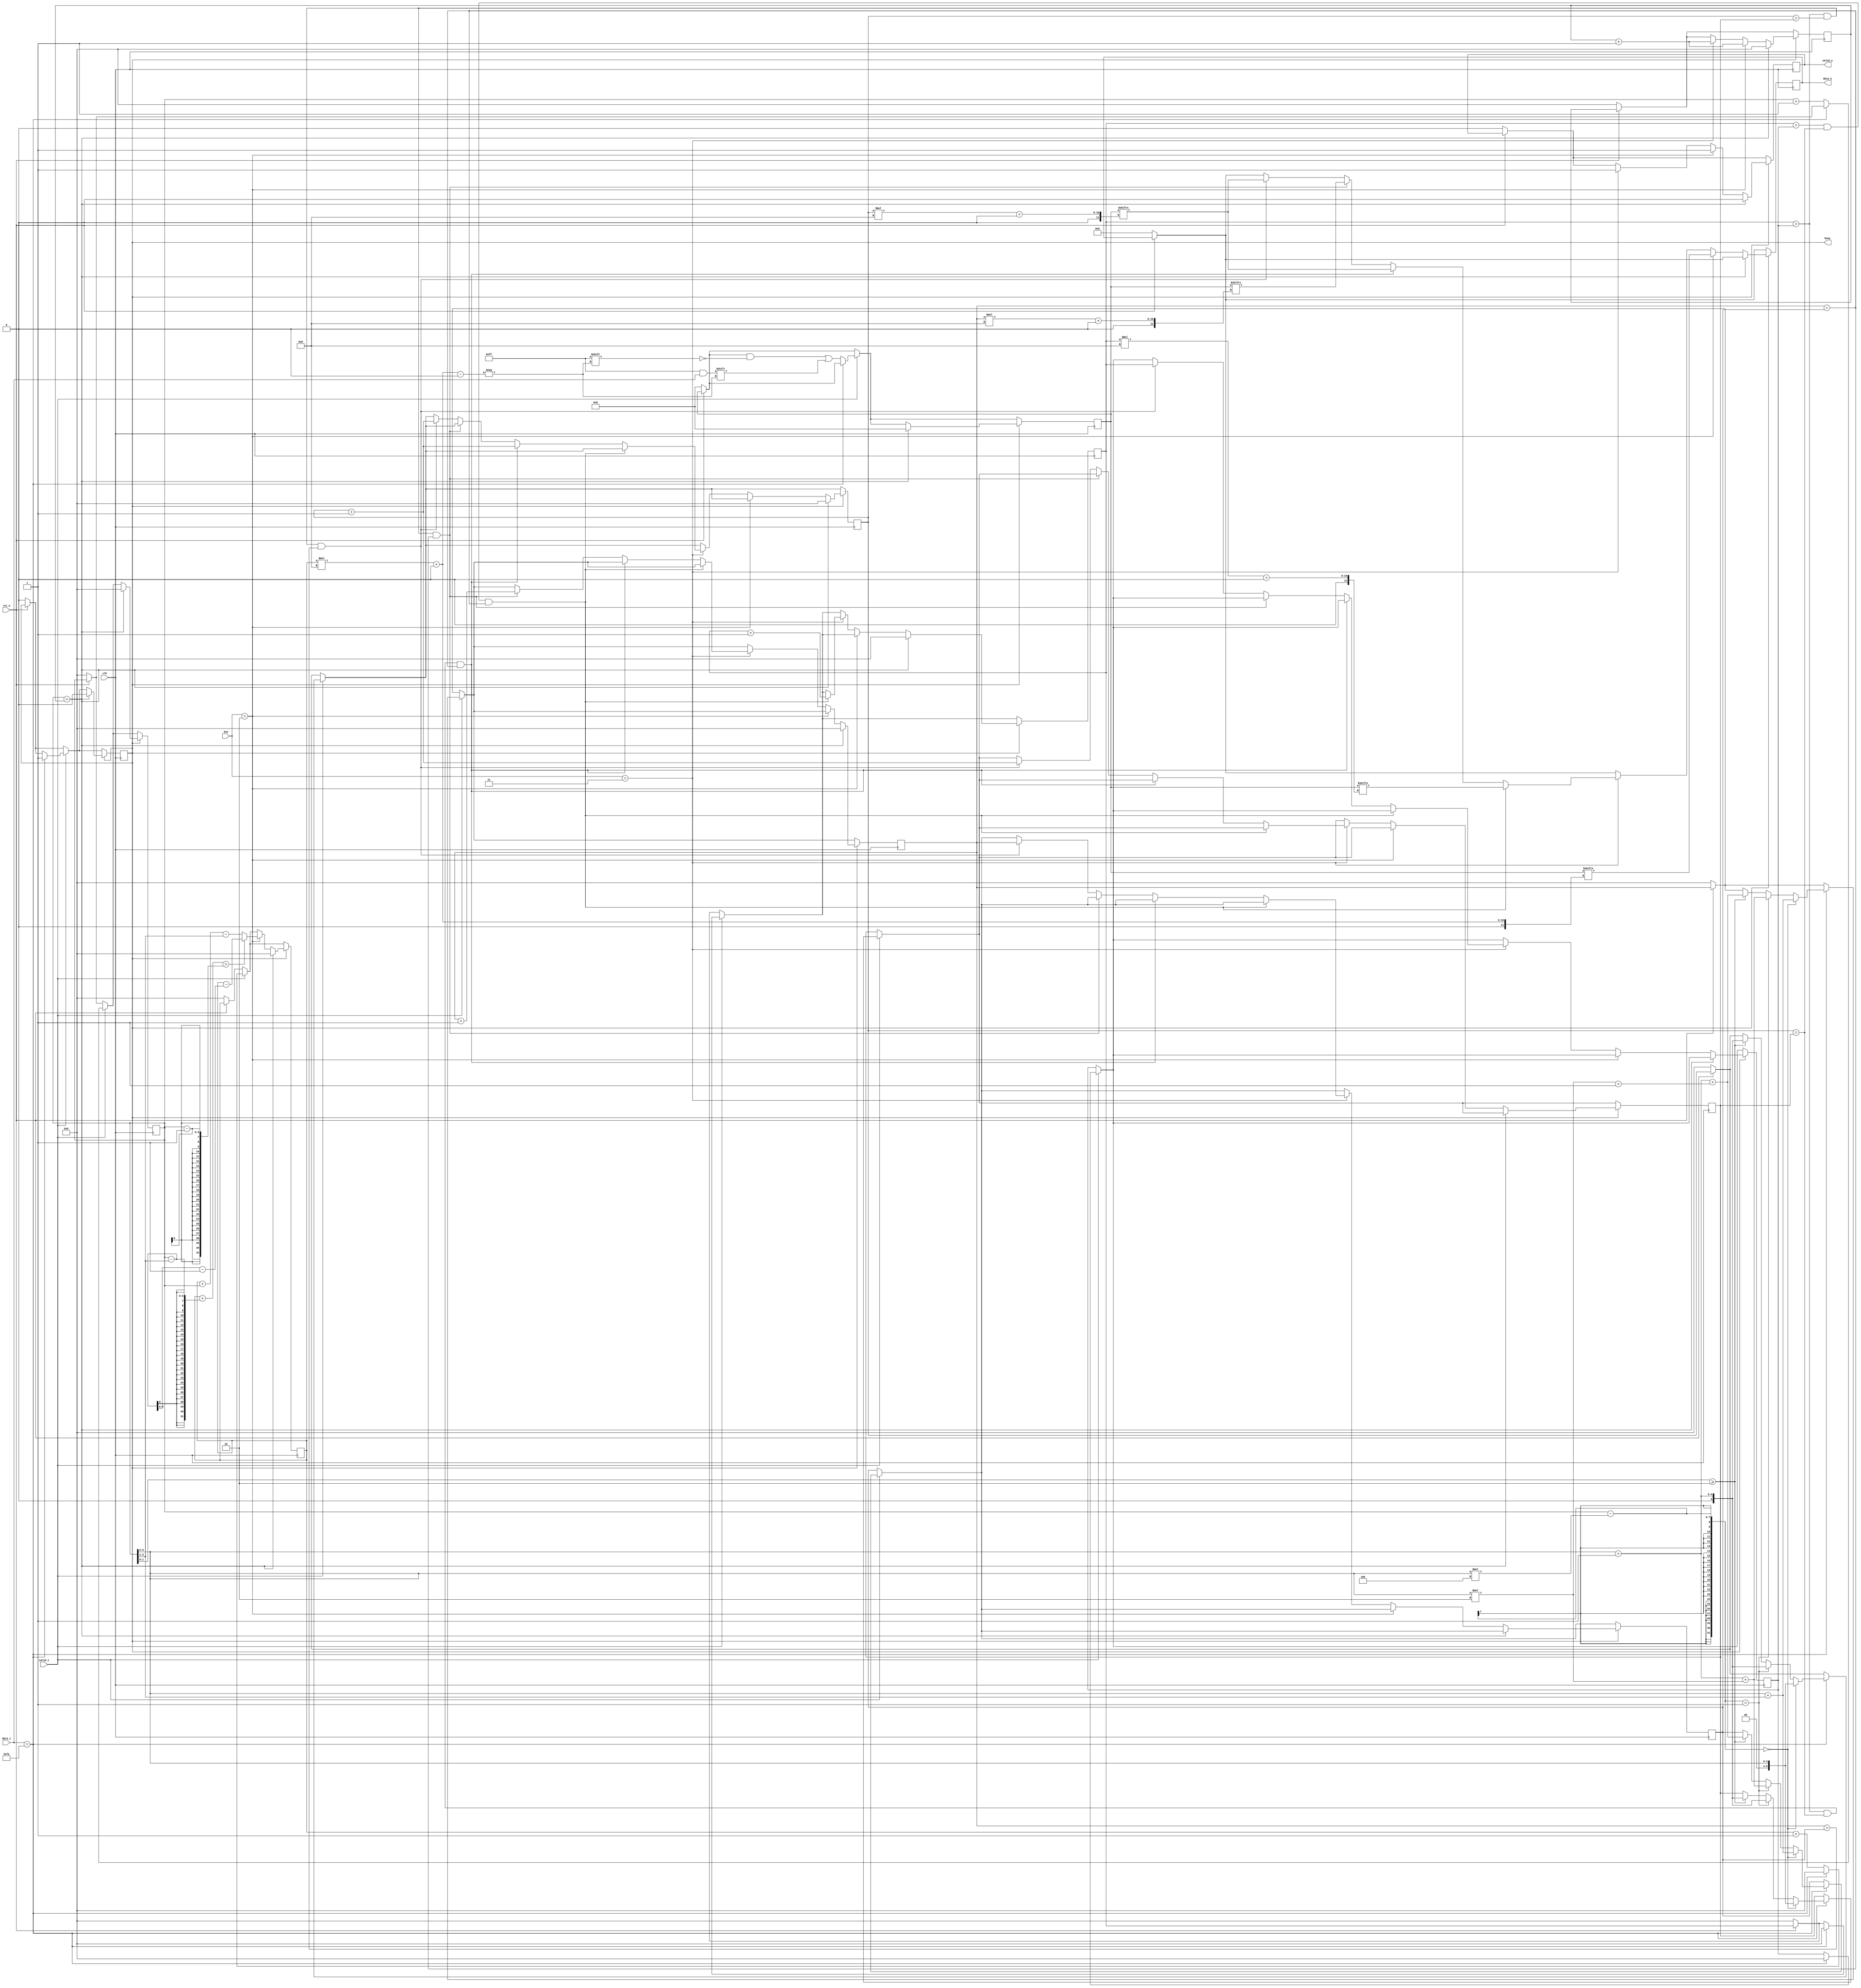
`timescale 1ns / 1ps
//////////////////////////////////////////////////////////////////////////////////
// Company: 
// Engineer: 
// 
// Design Name: 
// Module Name:    zigzag_decryption 
// Project Name: 
// Target Devices: 
// Tool versions: 
// Description: 
//
// Dependencies: 
//
// Revision: 
// Revision 0.01 - File Created
// Additional Comments: 
//
//////////////////////////////////////////////////////////////////////////////////
module zigzag_decryption #(
				parameter D_WIDTH = 8,
				parameter KEY_WIDTH = 8,
				parameter MAX_NOF_CHARS = 50,
				parameter START_DECRYPTION_TOKEN = 8'hFA
			)(
			// Clock and reset interface
			input clk,
			input rst_n,
			
			// Input interface
			input[D_WIDTH - 1:0] data_i,
			input valid_i,
			
			// Decryption Key
			input[KEY_WIDTH - 1 : 0] key,
			
			// Output interface
			output reg[D_WIDTH - 1:0] data_o,
			output reg valid_o,
			output reg busy
    );

	reg [D_WIDTH*MAX_NOF_CHARS-1:0] input_tot;
	reg [5:0] i, j, k, x,  counter1, counter2, refj, refk, refx;
	

always @(posedge clk) begin
			
			if(!rst_n) begin
				data_o <= 0;
				valid_o <= 0;
				busy <= 0;
	
				i <= 0;
				j <= 0;
				k <= 0;
				x <= 0;
				
				input_tot <= 0;
				counter1 <= 0;
				counter2 <= 0;
			
			end
			
			if(valid_i) begin
				if(data_i == START_DECRYPTION_TOKEN) begin 	// daca am intalnit caracterul FA
					i <= 0; 
					
					j <= 0; 		//pozitia primului element de pe linia 1 la keia 3
					refj <= 0; 		// referinta la care ne raportam ca sa stim daca am scris deja un element de pe linia respectiva
					
					if((counter1 - (counter1>>2)*4) == 0) begin			//in functie de rest, incrementam sau nu k si x
						k <= (counter1>>2); 							//pozitia primului element de pe linia 1 cand restul este 0
						refk <= (counter1>>2); 							//pozitia lui k anterioara pe care o sa o actualizez dupa fiecare ciclu
							
						x <=((counter1>>2) + (counter1>>1)); 		//pozitia primului element de pe linia 3
						refx <=((counter1>>2) + (counter1>>1));		// pozitia sa anterioara
					end
					
					else if((counter1 - (counter1>>2)*4) == 1) begin	//rest = 1
						k <= ((counter1>>2)+1); 						//inca un element pe prima linie, deci k trebuie incrementat
						refk <= ((counter1>>2)+1);
						
						x <= (((counter1>>2)+1) + ((counter1>>2)*2)); 	// k + elem de pe a doua linie
						refx <= (((counter1>>2)+1) + ((counter1>>2)*2));
					end
					
					else if(counter1[1:0] >= 2) begin 					//restul 2 sau 3 influenteaza in acelasi mod pozitiile
						k <= ((counter1>>2) +1);						//atat nr de elem de pe prima linie cat si de pe a doua sunt increentate
						refk <= ((counter1>>2) +1);
						
						x <=(((counter1>>2)+1) + (((counter1>>2)*2) + 1));
						refx <=(((counter1>>2)+1) + (((counter1>>2)*2) + 1));
					end
					
					busy <= 1;
					
				end
				else begin
					input_tot[i*8 +: 8] <= data_i; 						//daca nu am intalnit caracterul FA, continuam citirea
						i <= i + 1;
						counter1 <= counter1 + 1;
				end
			end
			
			if(busy)begin
				
				if(counter1 == counter2) begin 							// am scris atatea elem cate am citit si ii dam reset
					valid_o <= 0;
					busy <= 0;
					input_tot <= 0;
					
					i <= 0;
					j <= 0;
					k <= 0;
					x <= 0;
					counter1 <= 0;
					counter2 <= 0;
				end
				else begin
					if(key == 2) begin 
						valid_o <= 1;
						data_o <= input_tot[i*8 +: 8];
						if(i+(counter1 - (counter1 >> 1)) > (counter1-1))  		//daca adunam nr de elemente de pe prima linie si iesim din vector elementele nenule ale vectorului
							i <= i - (counter1 - (counter1>>1) - 1); 			//ne intarcem la pozitia anterioara +1
						else
							i <= i+ counter1 - (counter1>>1); 					// altfel adunam numarul de elemente de pe prima linie ca sa ajungem la elementul de pe a doua linie
						
						counter2 <= counter2 +1; 								//mergem la urm elem
						
					end
					
					else if(key == 3) begin
						
						valid_o <= 1;
						
						if(j == refj && k == refk && x == refx) begin 			//daca pozitiile sunt egale cu pozitiile anterioare, punem pe ooutput elementul de pe prima linie
							data_o <= input_tot[j*8 +: 8];
							j <= j + 1;
						end 
						else if(j > refj && k == refk && x == refx)begin 		//daca j este mai mare, am scris deja un elem de pe prima linie si trecem la a doua
							data_o <= input_tot[k*8 +: 8];
							k <= k + 1;
							
						end 
						else if(j > refj && k > refk && x == refx)begin 		//la fel pentru a 3 a linie
							data_o <= input_tot[x*8 +: 8];
							x <= x + 1;
						end 
						else if(j > refj && k > refk && x > refx) begin 		// daca am scris deja cate un elem de pe fiecare linie, scriem inca un elem de pe linia 2 si terminam ciclul
							
							refj <= j;											//setam din nou referintele(valorile anterioare) la valorile actuale
							refk <= k +1;
							refx <= x;
							
							data_o <= input_tot[k*8 +: 8];
							k <= k + 1;
						end
						
						counter2 <= counter2 +1;		
					end
				end
			end
		end
	
endmodule